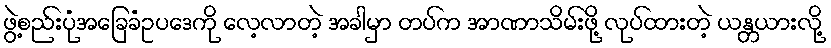
ဖွဲ့စည်းပုံအခြေခံဥပဒေကို လေ့လာတဲ့ အခါမှာ တပ်က အာဏာသိမ်းဖို့ လုပ်ထားတဲ့ ယန္တယားလို့